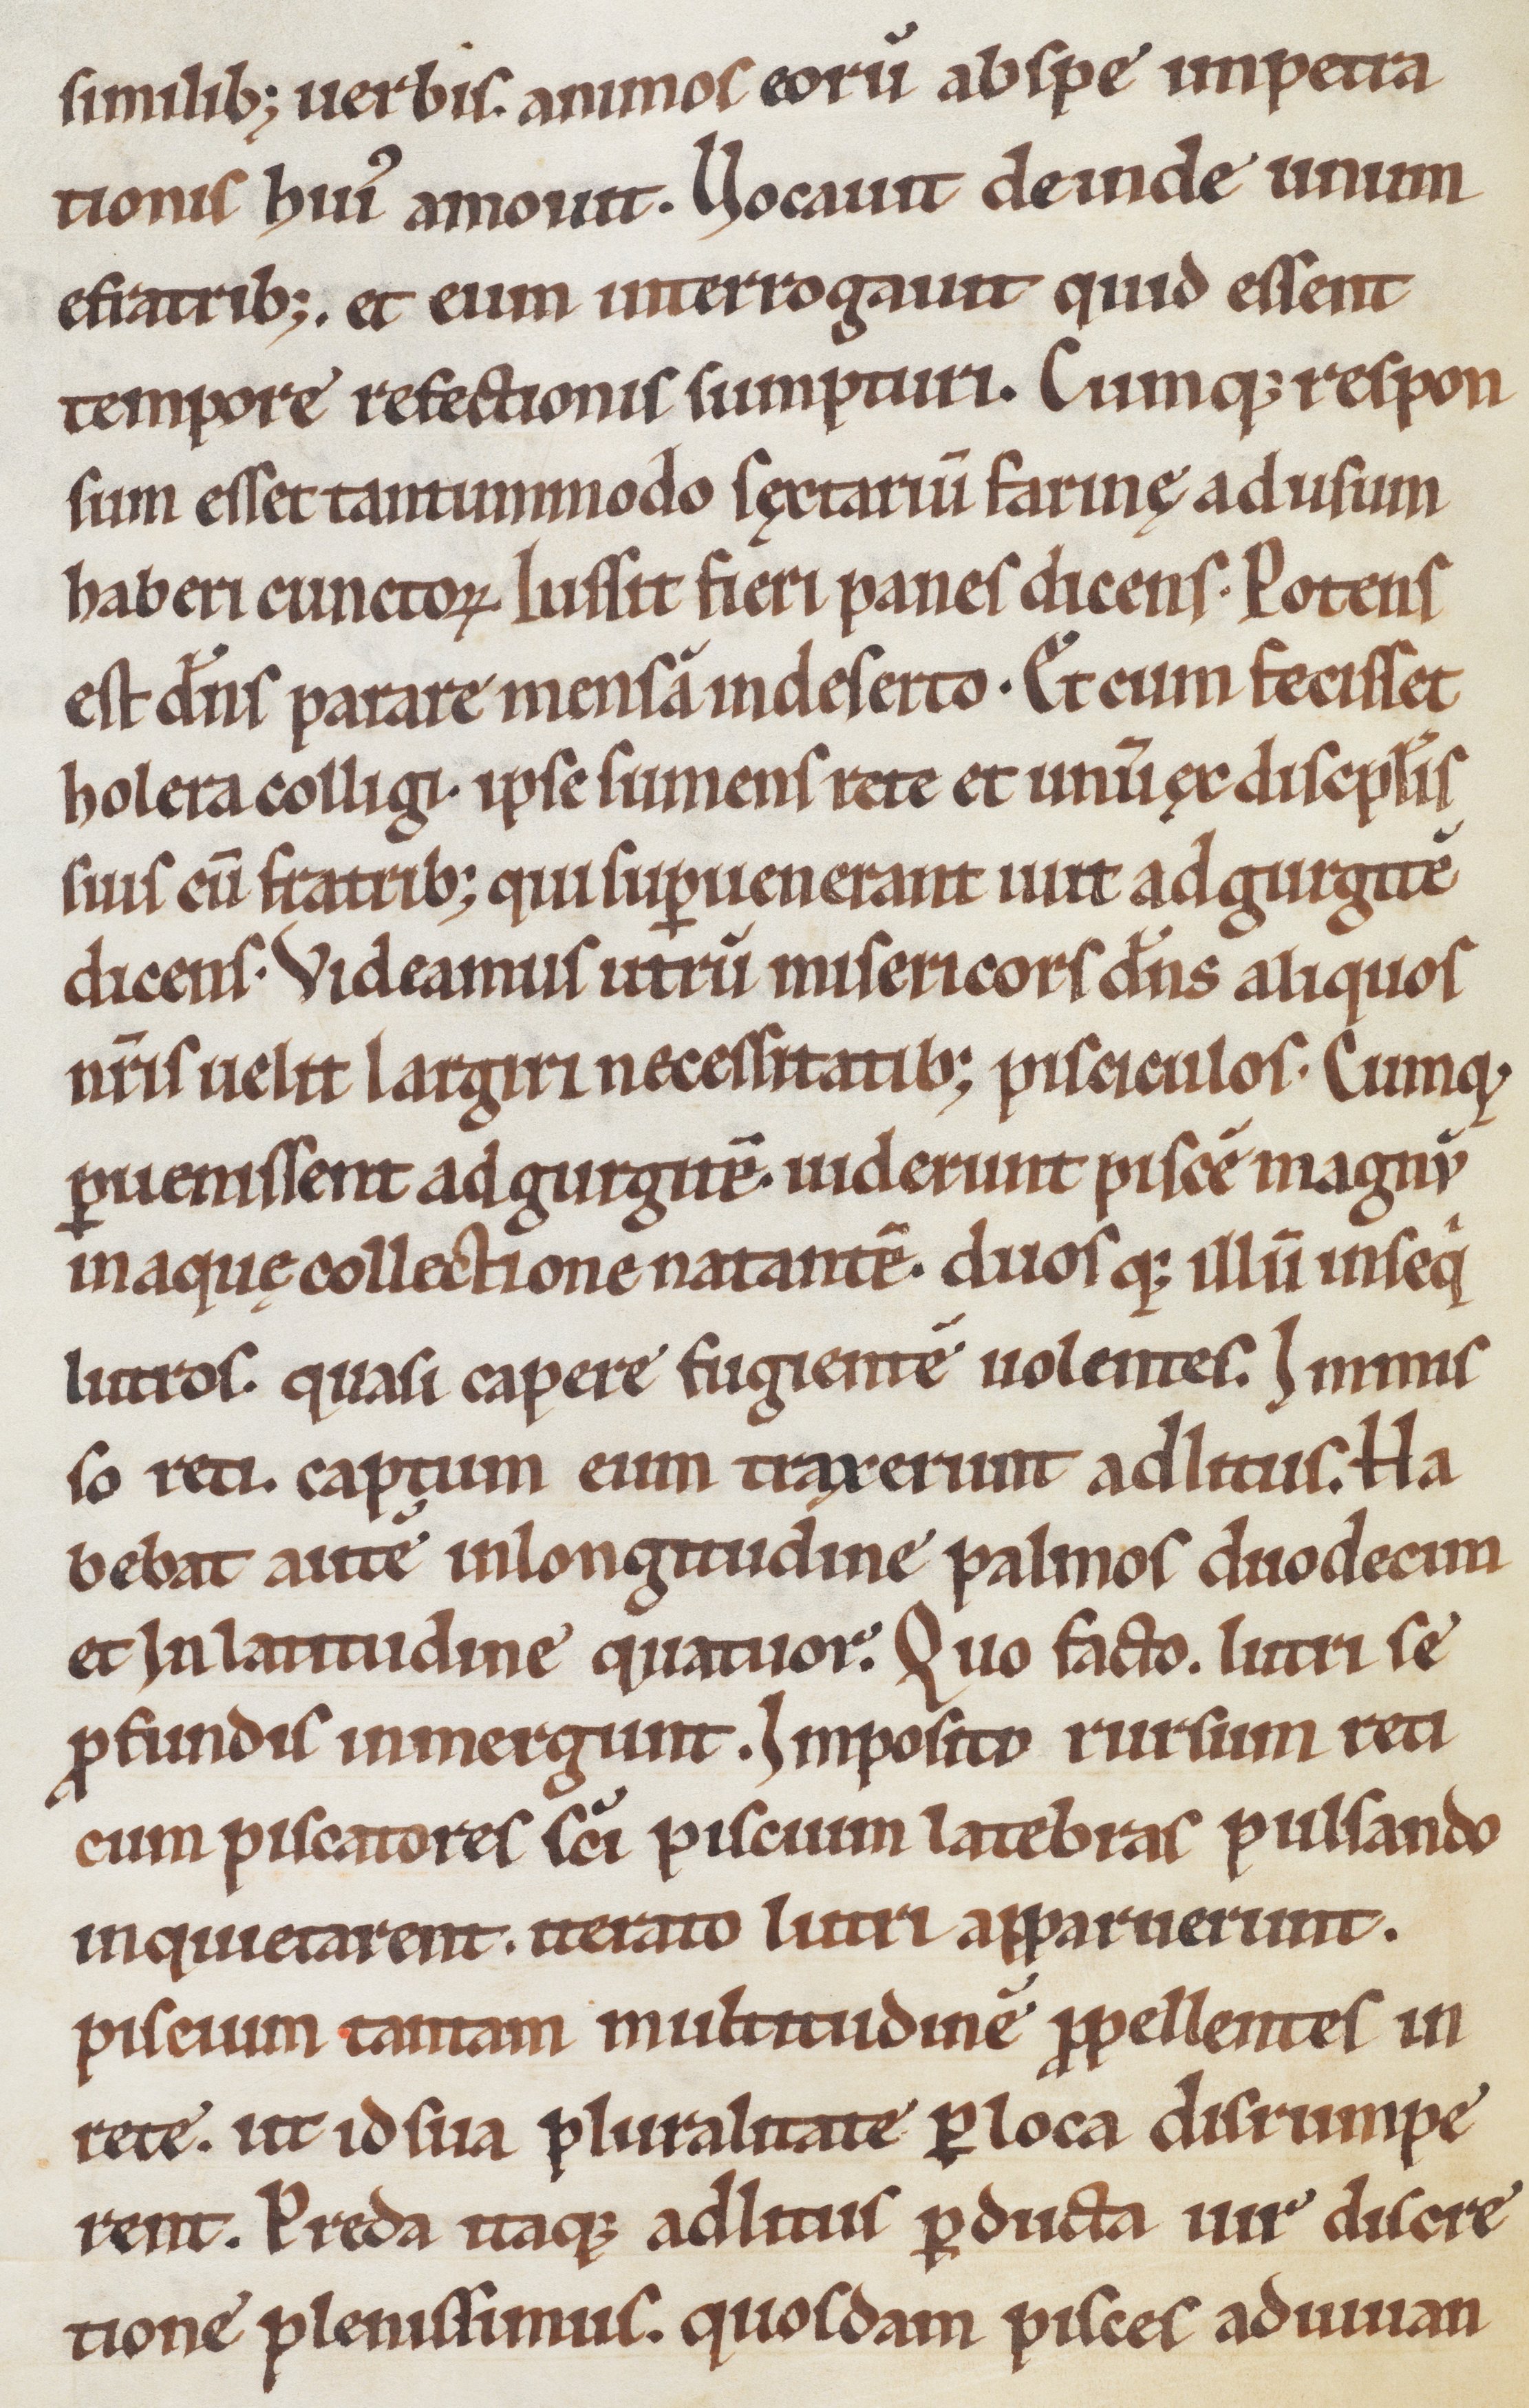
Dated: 1185–1215